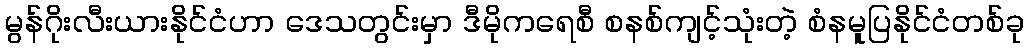
မွန်ဂိုးလီးယားနိုင်ငံဟာ ဒေသတွင်းမှာ ဒီမိုကရေစီ စနစ်ကျင့်သုံးတဲ့ စံနမူပြနိုင်ငံတစ်ခု